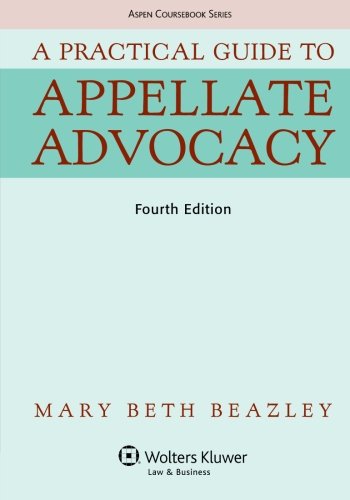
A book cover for A Practical Guide To Appellate Advocacy (Aspen Coursebook Series); Mary Beth Beazley; Law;